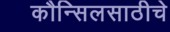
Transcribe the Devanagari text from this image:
कौन्सिलसाठीचे